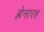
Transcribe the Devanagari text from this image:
ह्रेनारह